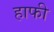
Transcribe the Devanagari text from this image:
हाफी